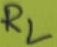
Text: RL